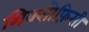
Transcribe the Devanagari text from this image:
मिक्सोफ़िसी